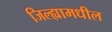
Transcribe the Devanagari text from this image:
जिल्‍ह्यामधील